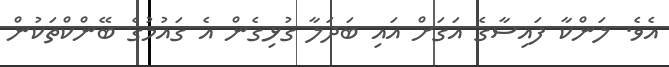
އެވެ. ލަންކާ ފައިސާގެ އަގަށް އައި ބަދަލާ ގުޅިގެން އެ ގައުމުގެ ބޭންކްތަކުން